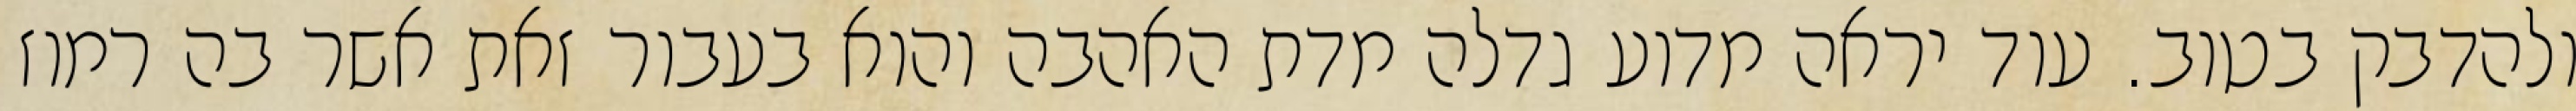
ולהדבק בטוב. עוד יראה מדוע גדלה מדת האהבה והוא בעבור זאת אשר בה רמוז